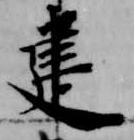
建